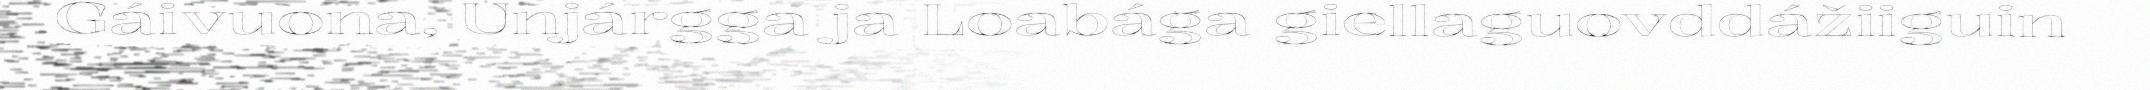
Gáivuona, Unjárgga ja Loabága giellaguovddážiiguin